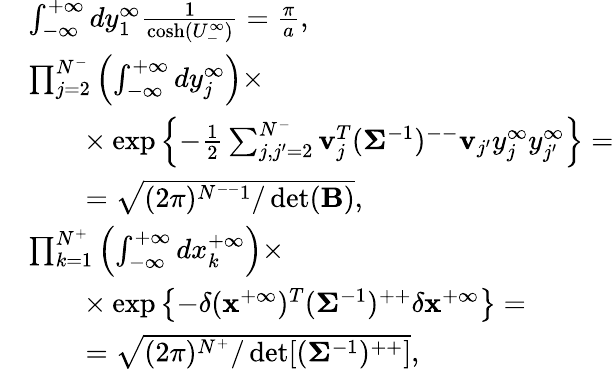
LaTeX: \begin{array}{rl}&{\int_{-\infty}^{+\infty}dy_{1}^{\infty}\frac{1}{\cosh(U_{-}^{\infty})}=\frac{\pi}{a},}\\ &{\prod_{j=2}^{N^{-}}\left(\int_{-\infty}^{+\infty}dy_{j}^{\infty}\right)\times}\\ &{\ \ \ \ \ \ \ \times\exp\left\{ -\frac{1}{2}\sum_{j,j^{\prime}=2}^{N^{-}}\mathbf{v}_{j}^{T}(\mathbf{\Sigma}^{-1})^{--}\mathbf{v}_{j^{\prime}}y_{j}^{\infty}y_{j^{\prime}}^{\infty}\right\} =}\\ &{\ \ \ \ \ \ \ =\sqrt{(2\pi)^{N^{--}1}/\operatorname*{det}({\mathbf{B})}},}\\ &{\prod_{k=1}^{N^{+}}\left(\int_{-\infty}^{+\infty}dx_{k}^{+\infty}\right)\times}\\ &{\ \ \ \ \ \ \ \times\exp\left\{ -\delta({\mathbf{x}}^{+\infty})^{T}(\mathbf{\Sigma}^{-1})^{++}\delta{\mathbf{x}}^{+\infty}\right\} =}\\ &{\ \ \ \ \ \ \ =\sqrt{(2\pi)^{N^{+}}/\operatorname*{det}[({\mathbf{\Sigma}}^{-1})^{++}]},}\end{array}